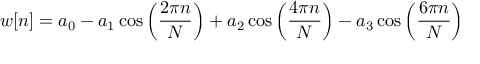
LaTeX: w [ n ] = a _ { 0 } - a _ { 1 } \cos \left( { \frac { 2 \pi n } { N } } \right) + a _ { 2 } \cos \left( { \frac { 4 \pi n } { N } } \right) - a _ { 3 } \cos \left( { \frac { 6 \pi n } { N } } \right)